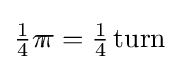
{\tfrac {1}{4}}\pi \!\;\!\!\!\pi ={\tfrac {1}{4}}\,\mathrm {turn}